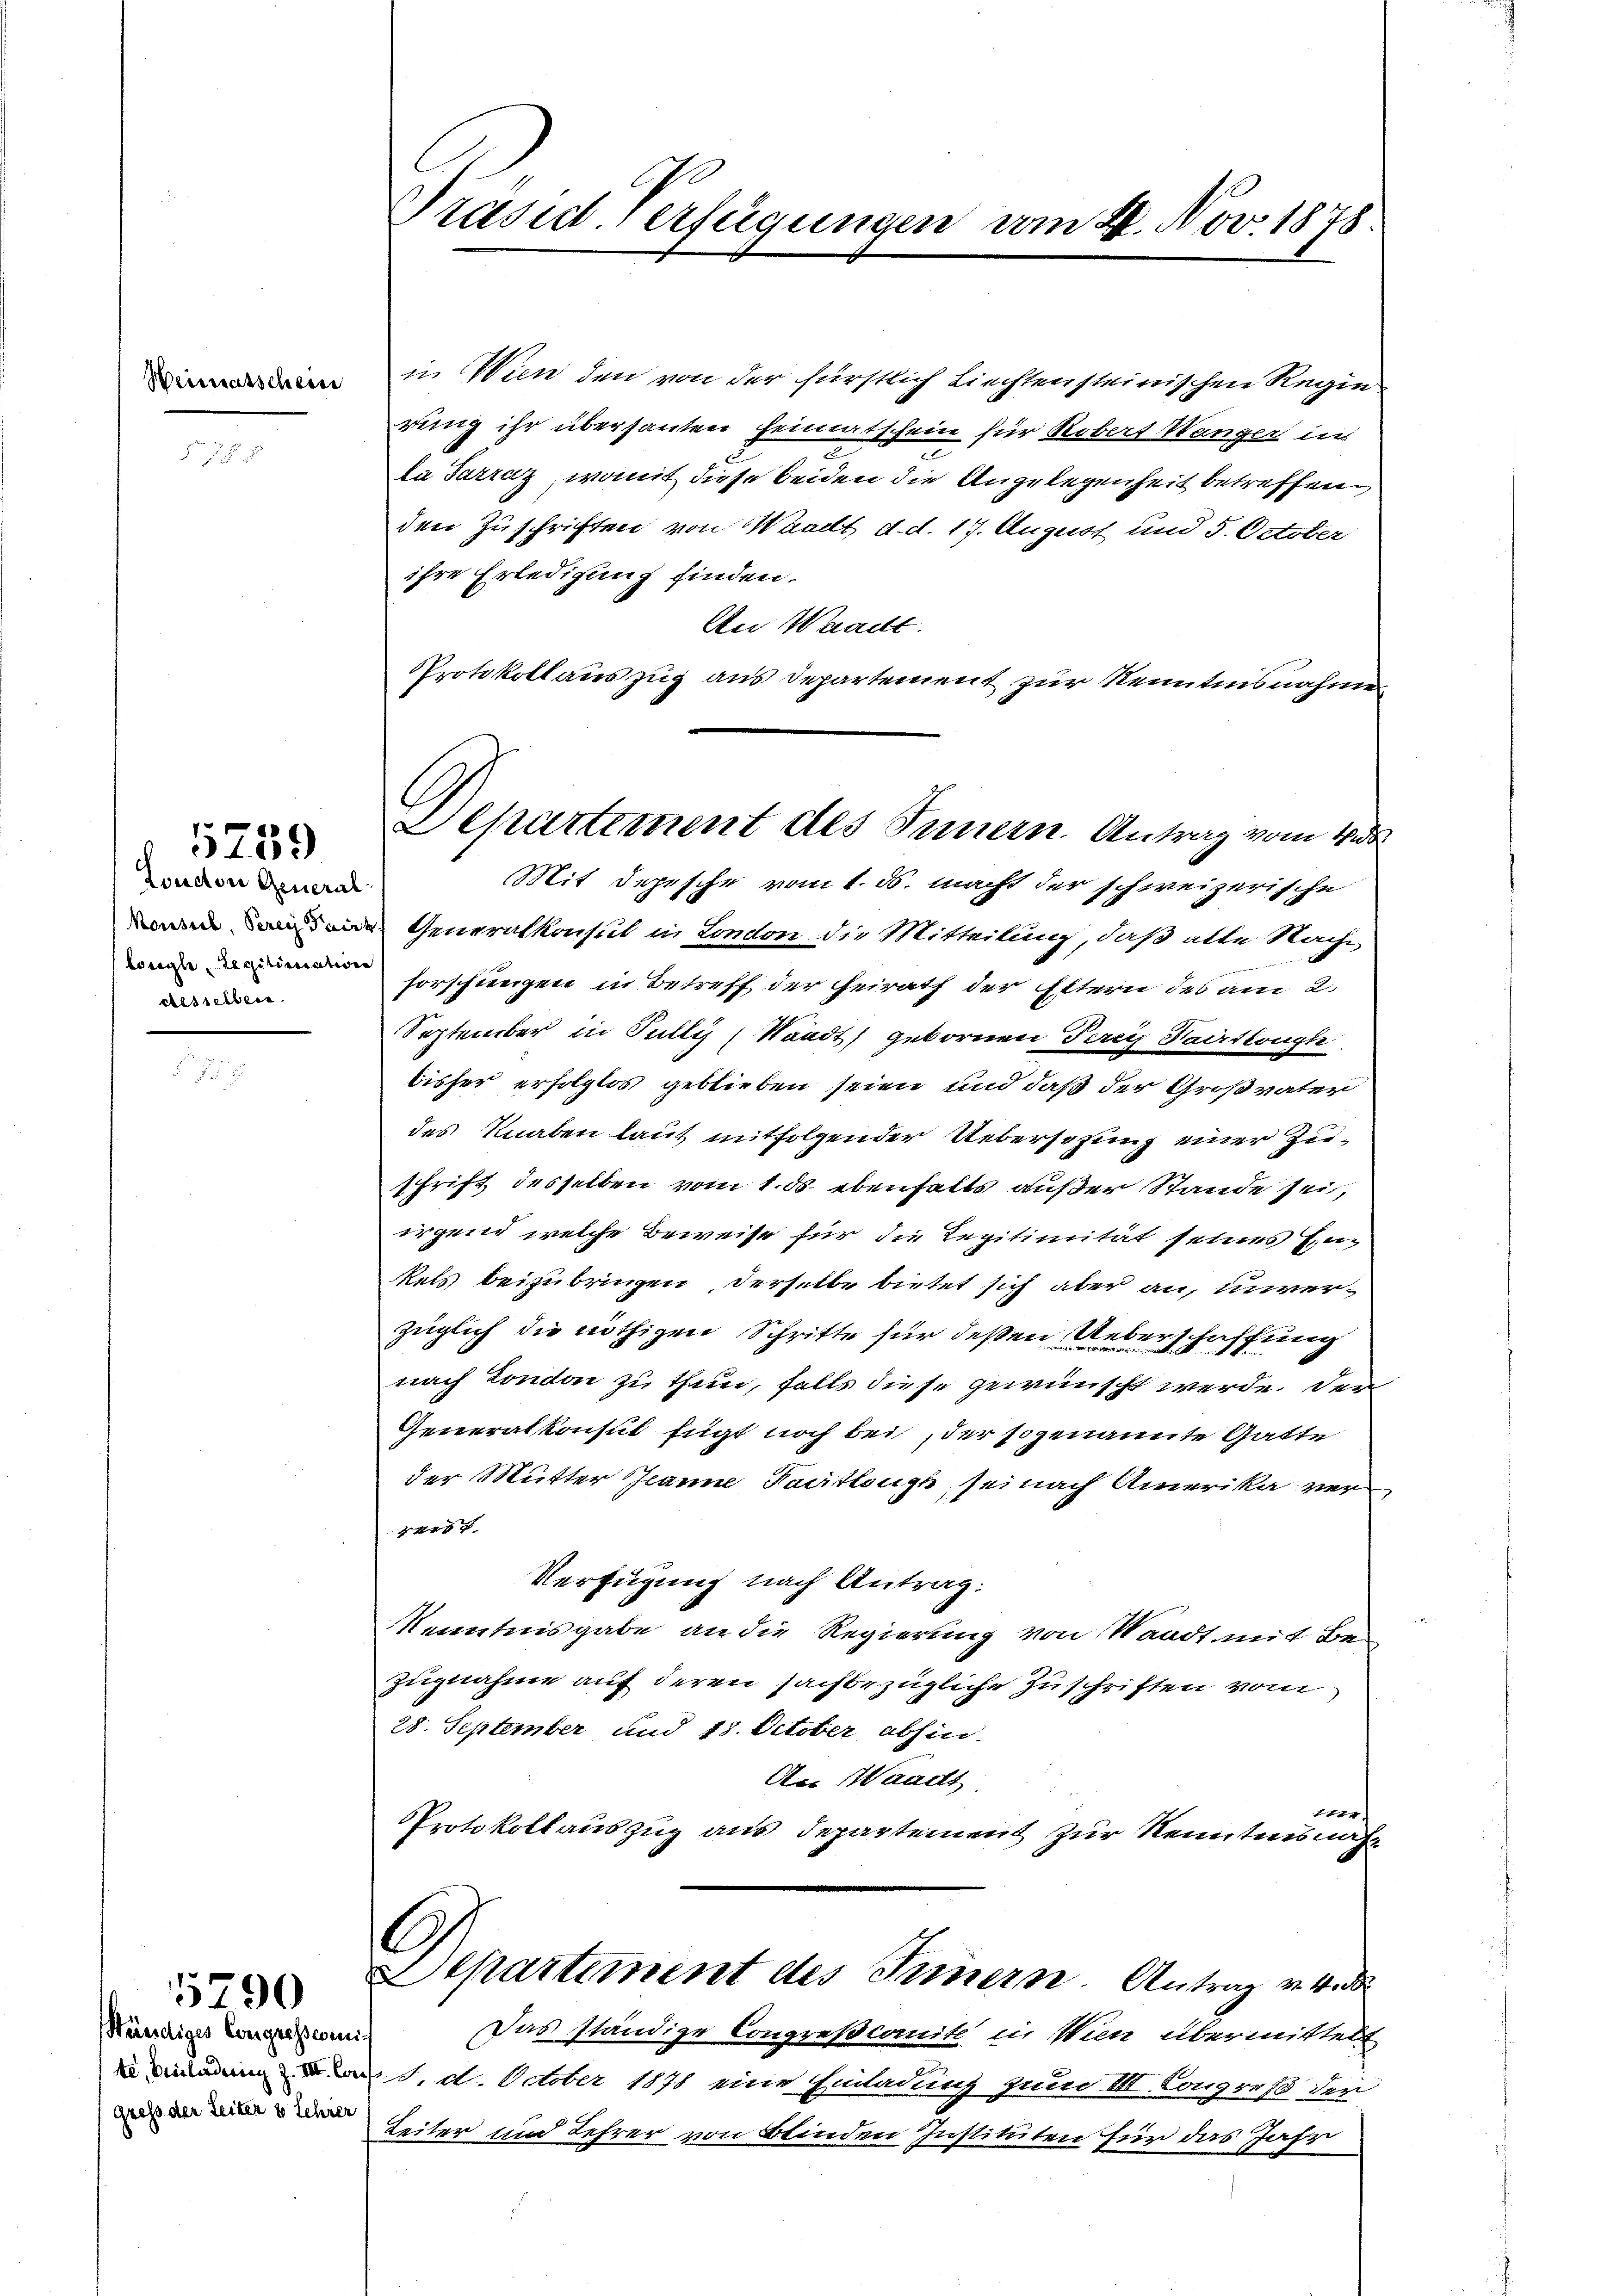
Heimatscheine

London General-
losigle, Legitimation
desselben

5259

Ständiges Congresse mich
gress der Leiter 3 Lehrer

5790

Präsid. Verfügungen vom 2. Nov. 1875.

in Wien den von der fürstlich Liechtensteinischen Regie
rung ihr überhauten Heimatschein für Robert Wanger in
la Sarraz, womit diese beiden die Angelegenheit betreffenden Zuschriften von Waadt d. d. 17. August und 5. October
ihre Erledigung finden.
An Waadt.
Protokollauszug aus Departement zur Kenntnisnahme
Mit Depesche vom 1. ds. macht der schweizerische
 Generalkonsul in London die Mitteilung, daß alte Nachs
forschungen in Betreff der Heirath der Ettern des am 2.
September in Pully, Standt, gebornen Teig Saitlangte
bisher erfolglos geblieben seien und daß der Großvater
des Knaben laut mitfolgender Uebersetzung einer Zuschrift desselben vom 1. ds. ebenfalls außer Stande sei,
irgend welche Beweise für die Repitimität seines Einkels beizubringen, derselbe bietet sich aber an, unverzüglich die nöthigen Schritte für deßen Ueberschaffung
nach London zu thun, falls diese gewünscht werde. Der
Generalkonsul Eugt noch bei, der sogenannte Gatte
der Mutter Jeanne Facitlough, sei nach Amerika verrerst
Verfügung nach Antrag:
Kenntnisgabe an die Regierung von Waadt mit Be
zugnahme auf deren sachbezügliche Zuschriften vom
28. September und 18. October abhin
An Waadt,
2744
Protokollauszug aus Departement zur Kenntnisnah¬

A
Departement des Innern. Antrag vom Wide

C
Departement des Innern. Antrag v. 4. d

Das ständige Congreßcomite in Wien übermittelt
 1. 2. October 1871 eine Einladung zum VII. Congreß der
Leiter und Lehrer von Blinden Instituten für das Jahr